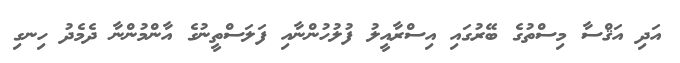
އަދި އަޤްސާ މިސްތުގެ ބޭރުގައި އިސްރާއީލު ފުލުހުންނާއި ފަލަސްތީނުގެ އާންމުންނާ ދެމެދު ހިނގި